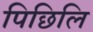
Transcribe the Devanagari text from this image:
पिछिलि